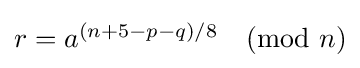
\textstyle r=a^{(n+5-p-q)/8}{\pmod {n}}